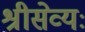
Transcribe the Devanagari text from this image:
श्रीसेव्यः